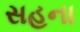
સહના